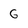
Character: G